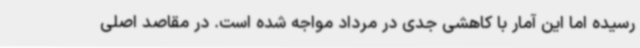
رسیده اما این آمار با کاهشی جدی در مرداد مواجه شده است. در مقاصد اصلی